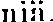
niä.